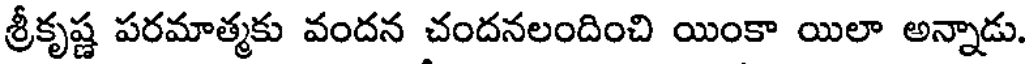
శ్రీకృష్ణ పరమాత్మకు వందన చందనలందించి యింకా యిలా అన్నాడు.